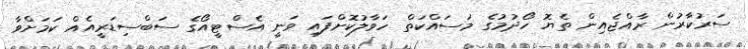
ސަރުކާރުން ރާއްޖެއިން ތެޔޮ ހޯދުމުގެ މަސައްކަތް ހަވާލުކޮށްފައި ވަނީ އެސްޓީއޯގެ ސަބްސިޑަރީއެއް ކަމަށްވާ